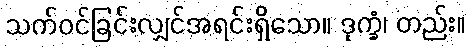
သက်ဝင်ခြင်းလျှင်အရင်းရှိသော။ ဒုက္ခံ၊ တည်း။